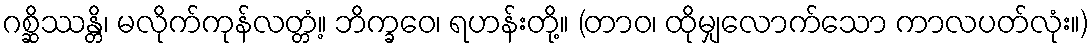
ဂစ္ဆိဿန္တိ၊ မလိုက်ကုန်လတ္တံ့။ ဘိက္ခဝေ၊ ရဟန်းတို့။ (တာဝ၊ ထိုမျှလောက်သော ကာလပတ်လုံး။)